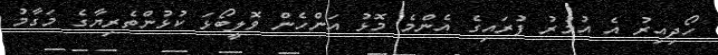
ހޯދިއިރު އެ އުމުރު ފުރައިގެ އެންމެ މޮޅު އަންހެން ވޮލީބޯޅަ ކުޅުންތެރިޔާގެ މަގާމު